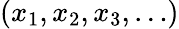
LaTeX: (x_{1},x_{2},x_{3},\dots)